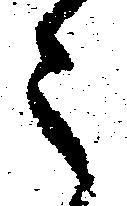
々